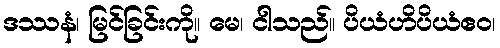
ဒဿနံ၊ မြင်ခြင်းကို။ မေ၊ ငါသည်။ ပိယံဟိပိယံဧဝ၊